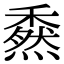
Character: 𥢯